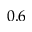
0 . 6